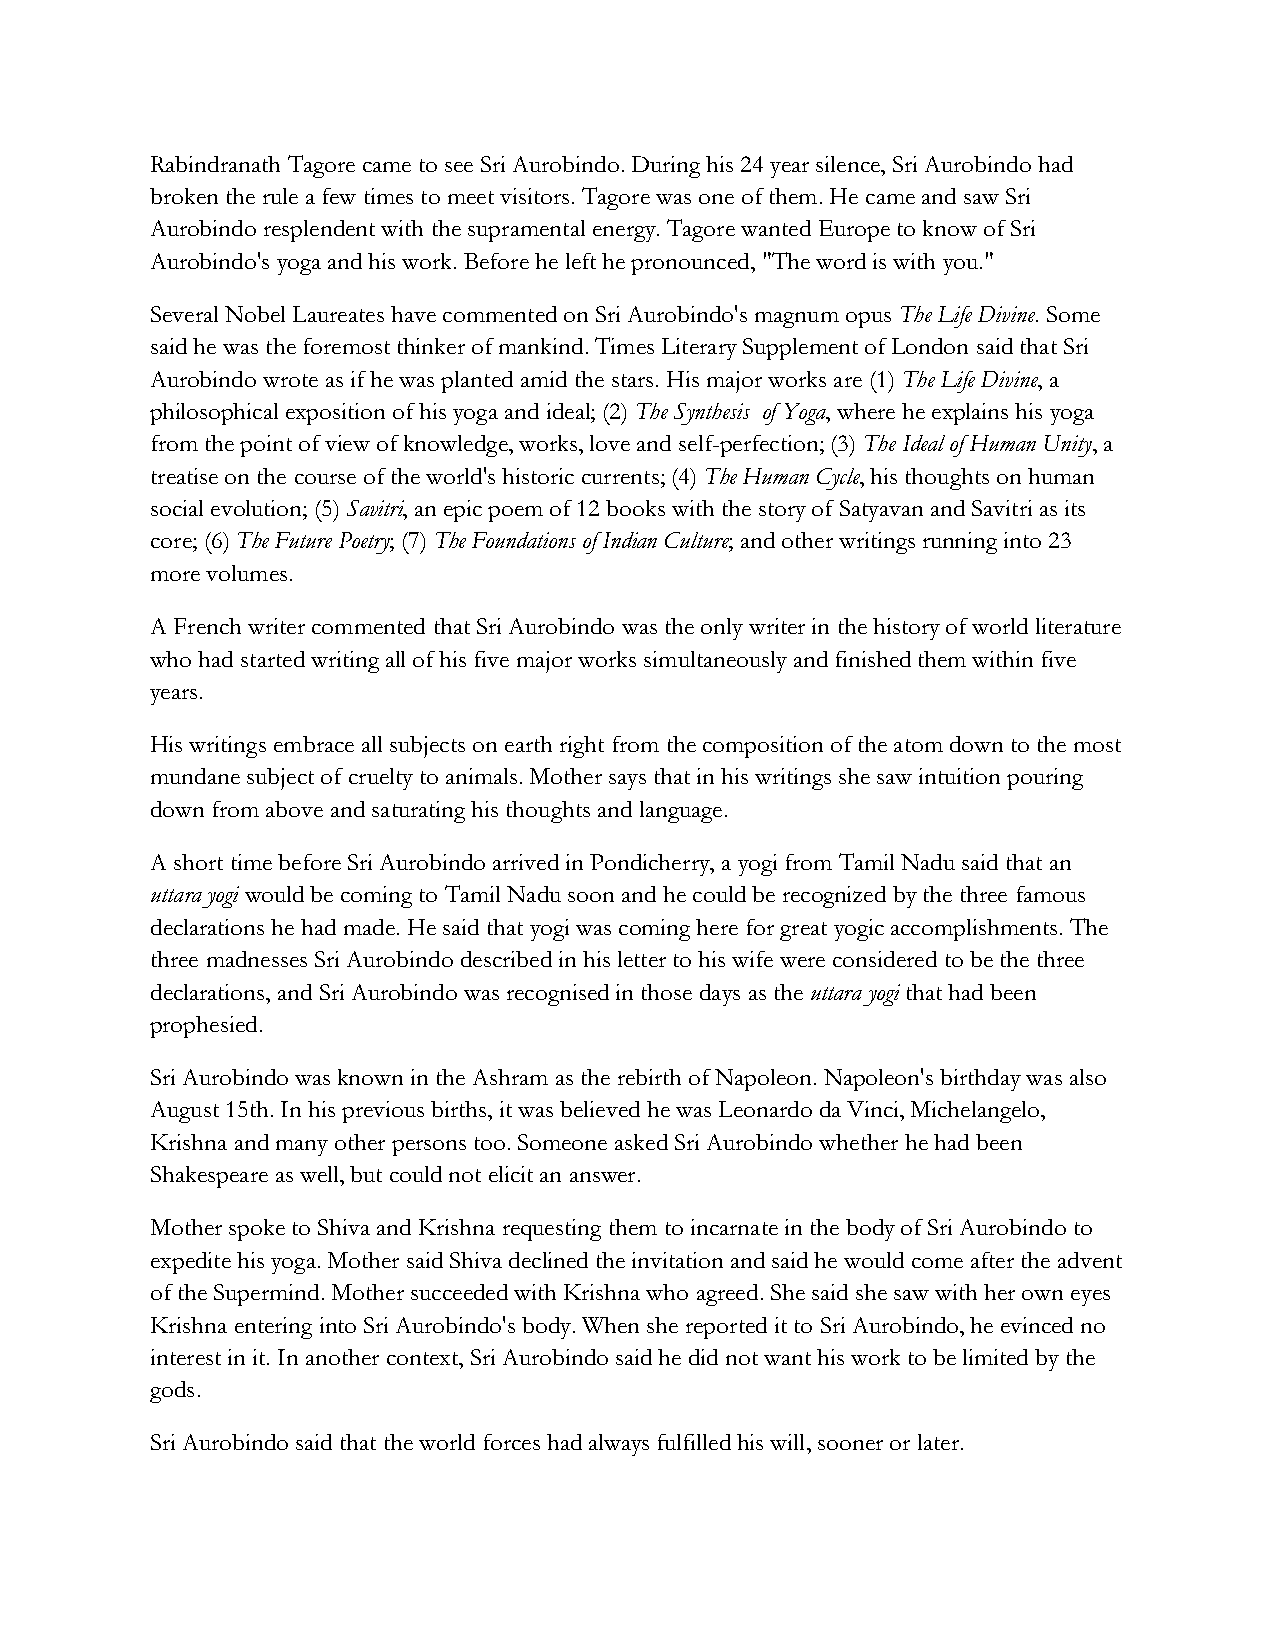
Rabindranath Tagore came to see Sri Aurobindo. During his 24 year silence, Sri Aurobindo had
 broken the rule a few times to meet visitors. Tagore was one of them. He came and saw Sri
 Aurobindo resplendent with the supramental energy. Tagore wanted Europe to know of Sri
 Aurobindo's yoga and his work. Before he left he pronounced, "The word is with you."
 Several Nobel Laureates have commented on Sri Aurobindo's magnum opus The Life Divine. Some
 said he was the foremost thinker of mankind. Times Literary Supplement of London said that Sri
 Aurobindo wrote as if he was planted amid the stars. His major works are (1) The Life Divine, a
 philosophical exposition of his yoga and ideal; (2) The Synthesis of Yoga, where he explains his yoga
 from the point of view of knowledge, works, love and self-perfection; (3) The Ideal of Human Unity, a
 treatise on the course of the world's historic currents; (4) The Human Cycle, his thoughts on human
 social evolution; (5) Savitri, an epic poem of 12 books with the story of Satyavan and Savitri as its
 core; (6) The Future Poetry; (7) The Foundations of Indian Culture; and other writings running into 23
 more volumes.
 A French writer commented that Sri Aurobindo was the only writer in the history of world literature
 who had started writing all of his five major works simultaneously and finished them within five
 years.
 His writings embrace all subjects on earth right from the composition of the atom down to the most
 mundane subject of cruelty to animals. Mother says that in his writings she saw intuition pouring
 down from above and saturating his thoughts and language.
 A short time before Sri Aurobindo arrived in Pondicherry, a yogi from Tamil Nadu said that an
 uttara yogi would be coming to Tamil Nadu soon and he could be recognized by the three famous
 declarations he had made. He said that yogi was coming here for great yogic accomplishments. The
 three madnesses Sri Aurobindo described in his letter to his wife were considered to be the three
 declarations, and Sri Aurobindo was recognised in those days as the uttara yogi that had been
 prophesied.
 Sri Aurobindo was known in the Ashram as the rebirth of Napoleon. Napoleon's birthday was also
 August 15th. In his previous births, it was believed he was Leonardo da Vinci, Michelangelo,
 Krishna and many other persons too. Someone asked Sri Aurobindo whether he had been
 Shakespeare as well, but could not elicit an answer.
 Mother spoke to Shiva and Krishna requesting them to incarnate in the body of Sri Aurobindo to
 expedite his yoga. Mother said Shiva declined the invitation and said he would come after the advent
 of the Supermind. Mother succeeded with Krishna who agreed. She said she saw with her own eyes
 Krishna entering into Sri Aurobindo's body. When she reported it to Sri Aurobindo, he evinced no
 interest in it. In another context, Sri Aurobindo said he did not want his work to be limited by the
 gods.
 Sri Aurobindo said that the world forces had always fulfilled his will, sooner or later.